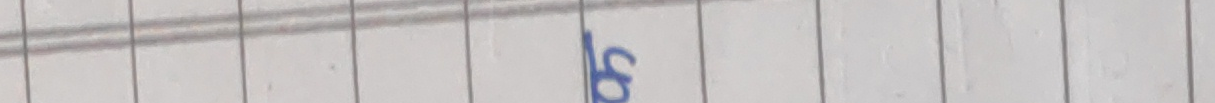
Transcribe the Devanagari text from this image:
छ